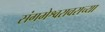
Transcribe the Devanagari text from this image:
संगमेश्वरावराच्या